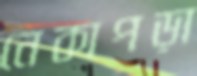
নেকাপড়া